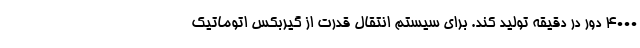
4000 دور در دقیقه تولید کند. برای سیستم انتقال قدرت از گیربکس اتوماتیک